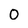
Character: 0